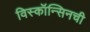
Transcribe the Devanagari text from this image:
विस्कॉन्सिनची